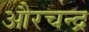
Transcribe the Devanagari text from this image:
औरचन्द्र